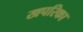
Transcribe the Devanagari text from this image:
खपरिका